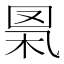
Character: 𦊻